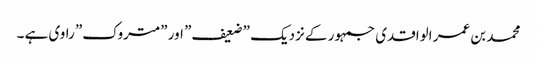
محمد بن عمر الواقدی جمہور کے نزدیک ”ضعیف” اور ”متروک” راوی ہے ۔